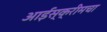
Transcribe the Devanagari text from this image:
आईस्क्रीमचा